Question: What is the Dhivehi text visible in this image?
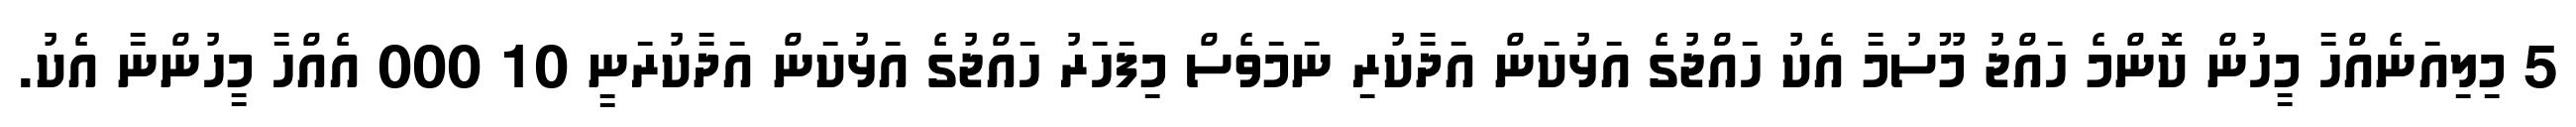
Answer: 5 މިލިއަނެއްހާ މީހުން ކޮންމެ ހައްޖު މޫސުމާ އެކު ހައްޖުގެ އަޅުކަން އަދާކުރި ނަމަވެސް މިފަހަރު ހައްޖުގެ އަޅުކަން އަދާކުރަނީ 10 000 އެއްހާ މީހުންނާ އެކު.